Civil Veterinary Dept. Bombay admin report 1900-1906 - 1900-1906
Year: 1900
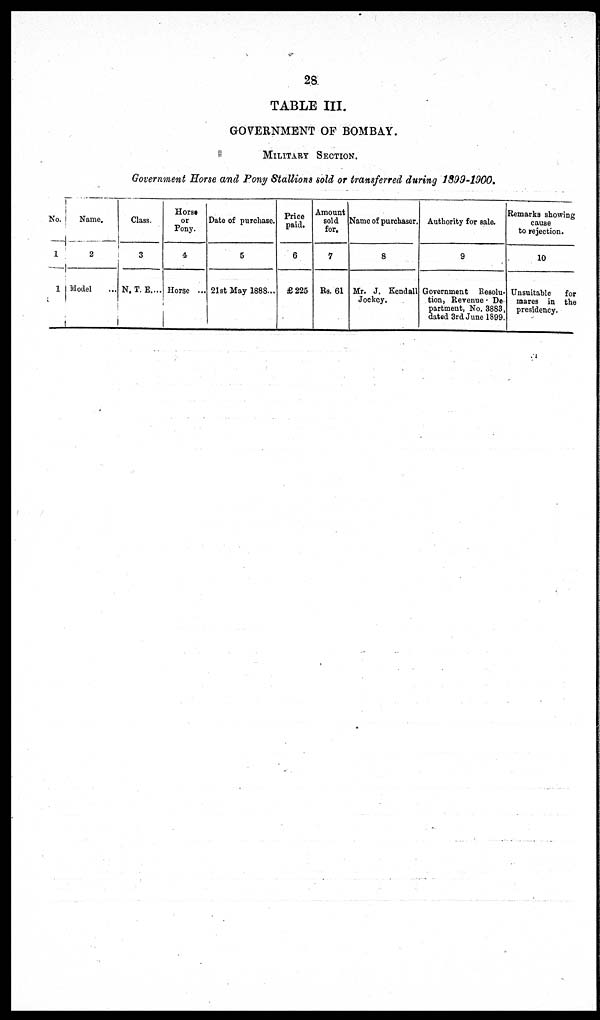
28
TABLE III.
GOVERNMENT OF BOMBAY.
MILITARY SECTION.
Government Horse and Pony Stallions sold or transferred during 1899-1900.
No.
1
1
Name.
2
Model ...
Class.
3
N. T. E. ...
Horse
or
Pony.
4
Horse ...
Date of purchase.
5
21st May 1888...
Price
paid.
6
£225
Amount
sold
for.
7
Rs. 61
Name of purchaser.
8
Mr. J. Kendall
Jockey.
Authority for sale.
9
Government Resolu-
tion, Revenue De
partment, No. 3883,
dated 3rd June 1899.
Remarks showing
cause
to rejection.
10
Unsuitable
for
mares in the
presidency.